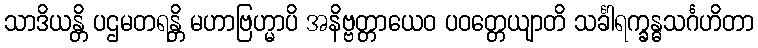
သာဒိယန္တိ ပဌမတရန္တိ မဟာဗြဟ္မာပိ အနိဗ္ဗတ္တာယေဝ ပဝတ္တေယျာတိ သင်္ခါရက္ခန္ဓသင်္ဂဟိတာ